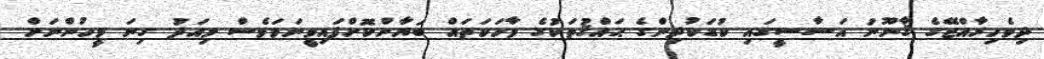
ދިވެހިރާއްޖޭގެ ޤާނޫނު އަސާސީގައި ކުޑަކުދިންގެ ޙައްޤުތަކުގެ ވާހަކަތައް ބަޔާންކޮށްފައިވީނަމަވެސް މިއަދު ގިނަ މީހުންނަށް